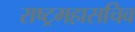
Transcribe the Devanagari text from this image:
राष्ट्रमहासचिव